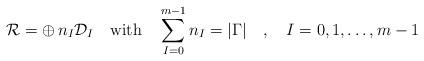
LaTeX: \begin{align*}{\cal R} = \oplus \, n_I {\cal D}_I \quad \mbox{with} \quad\sum_{I=0}^{m-1} n_I = |\Gamma| \quad , \quad I=0,1,\ldots,m-1\end{align*}